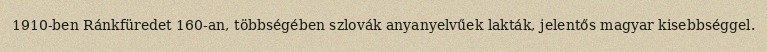
1910-ben Ránkfüredet 160-an, többségében szlovák anyanyelvűek lakták, jelentős magyar kisebbséggel.